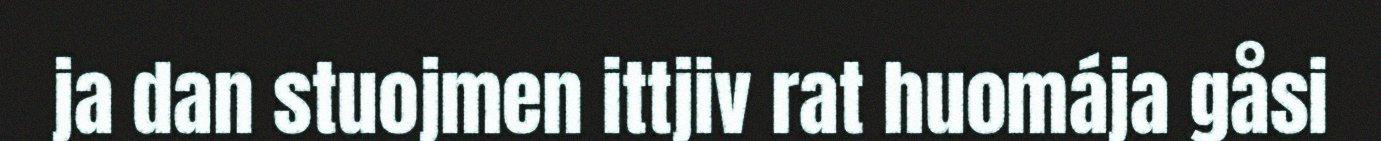
ja dan stuojmen ittjiv rat huomája gåsi